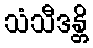
သံသီဒန္တိ